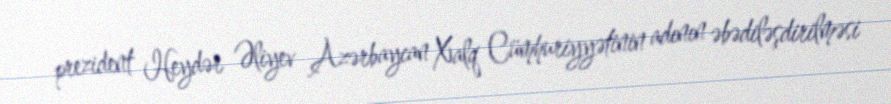
prezident Heydər Əliyev Azərbaycan Xalq Cümhuriyyətinin adının əbədiləşdirilməsi